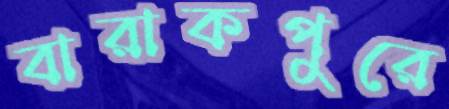
বারাকপুরে